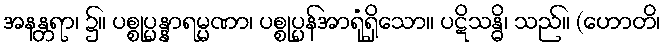
အနန္တရာ၊ ၌။ ပစ္စုပ္ပန္နာရမ္မဏာ၊ ပစ္စုပ္ပန်အာရုံရှိသော။ ပဋိသန္ဓိ၊ သည်။ (ဟောတိ၊